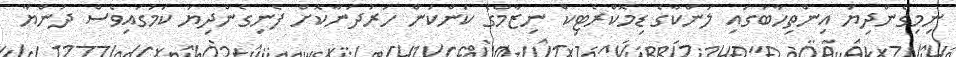
ނިމިގެންދިޔަ އިންތިހާބުގައި ލަންކާގެ ޑިމޮކްރެޓިކް ނިޒާމްގެ ކަންކަން ހަރުދަނާކޮށް ފެނިގެންދިޔަ ކަމުގައިވެސް ދުންޔާ